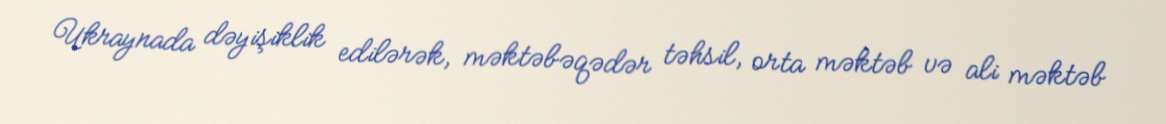
Ukraynada dəyişiklik edilərək, məktəbəqədər təhsil, orta məktəb və ali məktəb